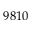
9 8 1 0